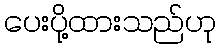
ပေးပို့ထားသည်ဟု